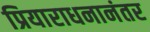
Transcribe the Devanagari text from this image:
प्रियाराधनानंतर